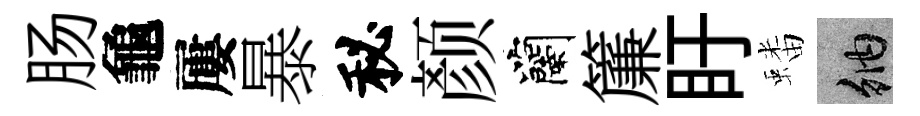
肠龜屢暴秘颜蘭簾盱蟠納